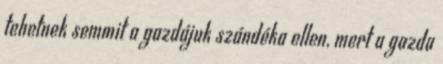
tehetnek semmit a gazdájuk szándéka ellen, mert a gazda